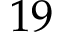
1 9